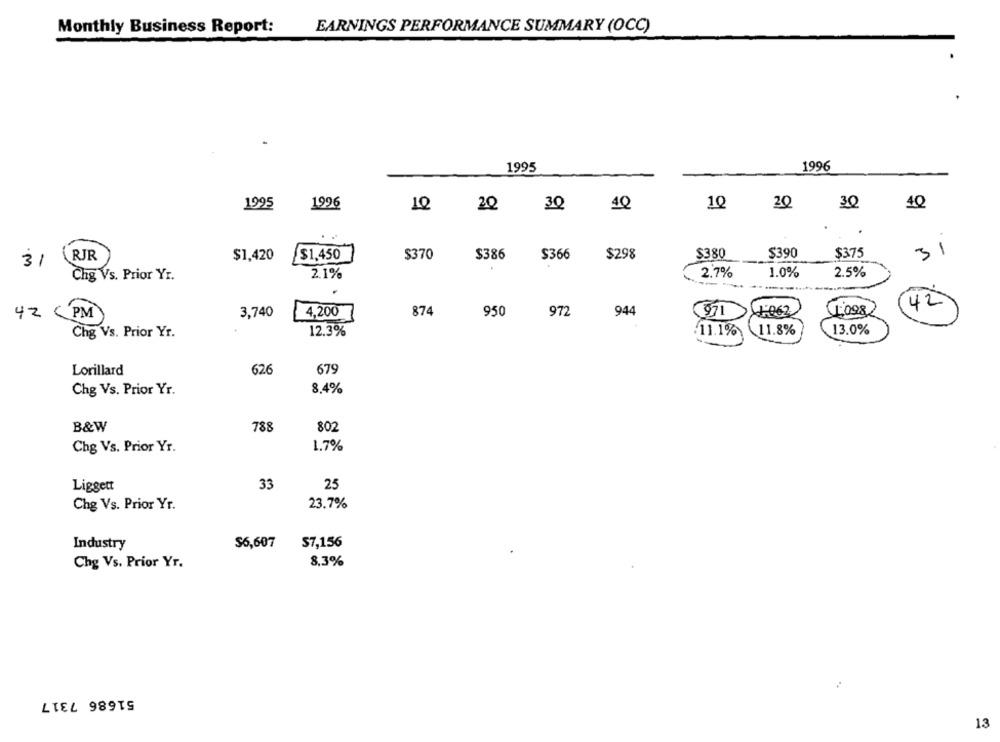
Monthly Business Report:
EARNINGS PERFORMANCE SUMMARY (OCC)
1995
1996
1995
1996
10
20
30
40
1Q
20
30
4Q
$390
31
31 \RJR
$1,420
$1,450
$370
$386
$366
$298
$380
$375
2.7%
1.0%
2.5%
Chg Vs. Prior Yr.
2.1%
-----
874
950
972
944
X1-062
42
42 PM
3,740
4,200
971
Chg Vs. Prior Yr.
12.3%
.11.1% 11.8%
13.0%
Lorillard
626
679
Chg Vs. Prior Yr.
8.4%
B&W
788
802
Chg Vs. Prior Yr.
1.7%
Liggett
33
25
23.7%
Chg Vs. Prior Yr.
Industry
$6,607
$7,156
Chg Vs. Prior Yr.
8.3%
51686 7317
13